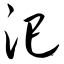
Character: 汜